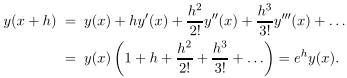
\[
\begin{align*}
y(x + h) &= y(x)+hy'(x)+\frac{h^{2}}{2!}y''(x)+\frac{h^{3}}{3!}y'''(x)+\ldots\\
&=y(x)\left(1 + h+\frac{h^{2}}{2!}+\frac{h^{3}}{3!}+\ldots\right)=e^{h}y(x).
\end{align*}
\]